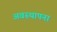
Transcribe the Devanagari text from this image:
अवस्‍थापना